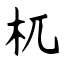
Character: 杌